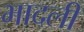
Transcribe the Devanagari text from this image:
भादली